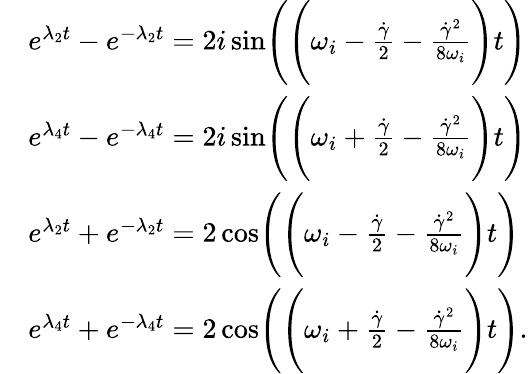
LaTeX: \begin{array}{rl}&{e^{\lambda_{2}t}-e^{-\lambda_{2}t}=2i\sin\Biggl(\Biggl(\omega_{i}-\frac{\dot{\gamma}}{2}-\frac{\dot{\gamma}^{2}}{8\omega_{i}}\Biggr)t\Biggr)}\\ &{e^{\lambda_{4}t}-e^{-\lambda_{4}t}=2i\sin\Biggl(\Biggl(\omega_{i}+\frac{\dot{\gamma}}{2}-\frac{\dot{\gamma}^{2}}{8\omega_{i}}\Biggr)t\Biggr)}\\ &{e^{\lambda_{2}t}+e^{-\lambda_{2}t}=2\cos\Biggl(\Biggl(\omega_{i}-\frac{\dot{\gamma}}{2}-\frac{\dot{\gamma}^{2}}{8\omega_{i}}\Biggr)t\Biggr)}\\ &{e^{\lambda_{4}t}+e^{-\lambda_{4}t}=2\cos\Biggl(\Biggl(\omega_{i}+\frac{\dot{\gamma}}{2}-\frac{\dot{\gamma}^{2}}{8\omega_{i}}\Biggr)t\Biggr).}\end{array}